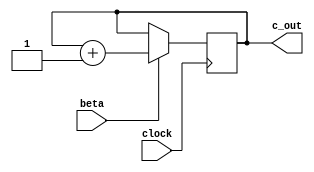
module contatore_mod8(c_out, clock, beta);

	input clock;
	input beta;
	output [2:0]c_out;
	
	reg [2:0] stato;

	initial
	begin 
		stato = 3'b000;
	end

	always @(posedge clock)
	begin
		if(beta == 1)
			begin 
				stato = #2 stato + 1;
			end
	end

	assign c_out = stato;

endmodule